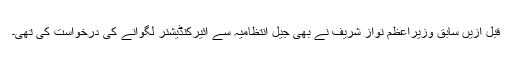
قبل ازیں سابق وزیراعظم نواز شریف نے بھی جیل انتظامیہ سے ائیرکنڈیشنر لگوانے کی درخواست کی تھی۔